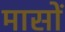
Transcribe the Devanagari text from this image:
मासाें